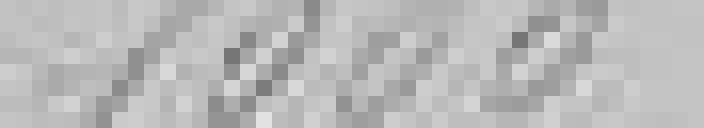
1000